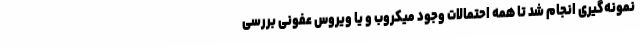
نمونه‌گیری انجام شد تا همه احتمالات وجود میکروب و یا ویروس عفونی بررسی